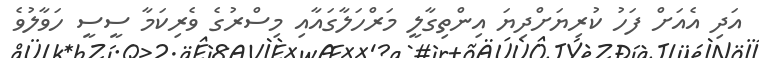
އަދި އެއަށް ފަހު ކުރިޔަށްދިޔަ އިންތިގާލީ މަރްހަލާގައާއި މިސްރުގެ ވެރިކަމާ ސީސީ ހަވާލުވެ